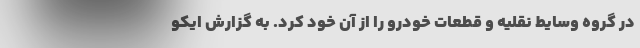
در گروه وسایط نقلیه و قطعات خودرو را از آن خود کرد. به گزارش ایکو